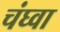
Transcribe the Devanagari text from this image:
चंघ्वा